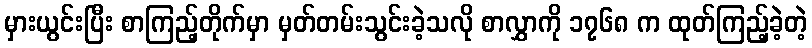
မှားယွင်းပြီး စာကြည့်တိုက်မှာ မှတ်တမ်းသွင်းခဲ့သလို စာလွှာကို ၁၇၆၈ က ထုတ်ကြည့်ခဲ့တဲ့